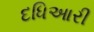
દધિઆરી